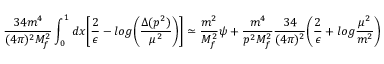
\frac { 3 4 m ^ { 4 } } { ( 4 \pi ) ^ { 2 } M _ { f } ^ { 2 } } \int _ { 0 } ^ { 1 } d x \biggl [ \frac { 2 } { \epsilon } - l o g \biggl ( \frac { \Delta ( p ^ { 2 } ) } { \mu ^ { 2 } } \biggr ) \biggr ] \simeq \frac { m ^ { 2 } } { M _ { f } ^ { 2 } } \psi + \frac { m ^ { 4 } } { p ^ { 2 } M _ { f } ^ { 2 } } \frac { 3 4 } { ( 4 \pi ) ^ { 2 } } \biggr ( \frac { 2 } { \epsilon } + l o g \frac { \mu ^ { 2 } } { m ^ { 2 } } \biggl )